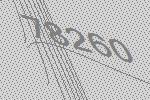
78260